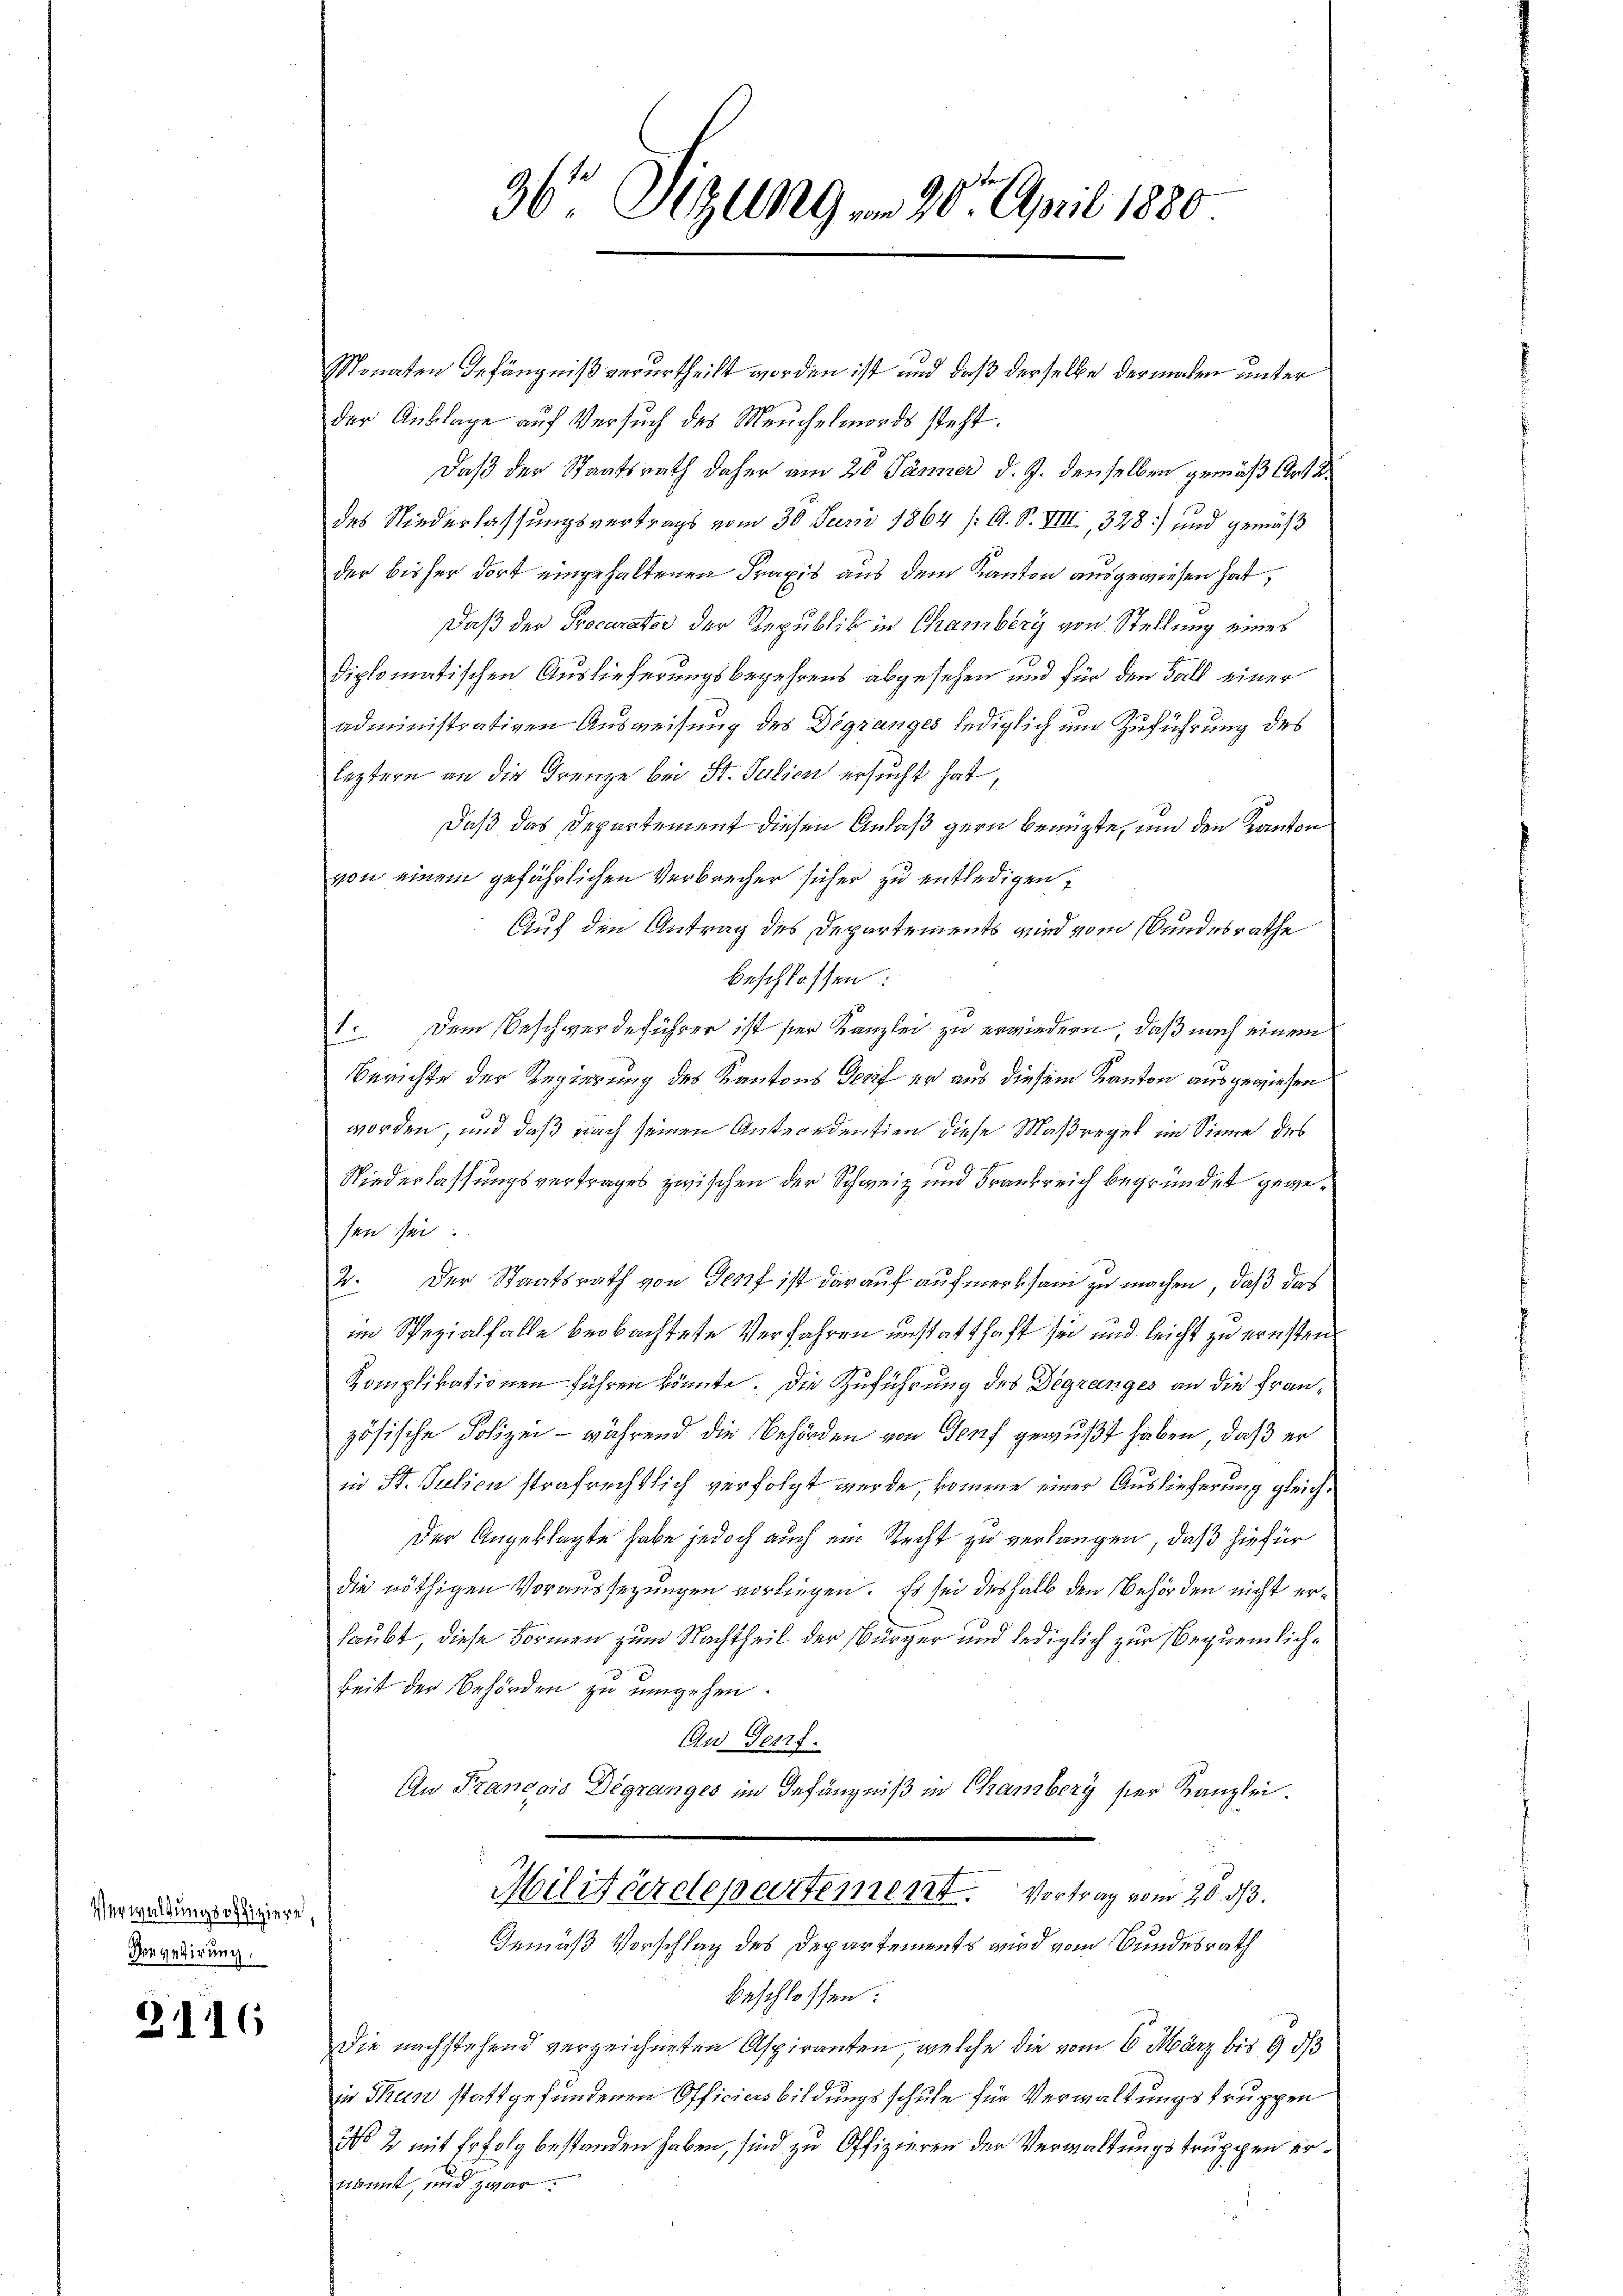
Verwaldungsoffiziere,
Prevetirung.

3116

Monaten Gefängniß verurtheilt worden ist und daß derselbe dermachen unter
der Anklage auf Versuch des Meuchelmords steht.
Daß der Staatsrath daher am 20 Jänner d. J. denselben gemäß Art u.
des Niederlassungsvertrags vom 30. Juni 1864 /: A. S. VIII., 328) und gemäß
der bisher dort eingehaltenen Praxis aus dem Kanton ausgewiesen hat,
Daß der Procurator der Republik in Chamberg von Stellung eines
diplomatischen Auslieferungsbegehrens abgesehen und für den Fall einer
administrativen Ausweisung des Digranges lediglich und Zuführung des
leztern an die Grenze bei St. Julien ersucht hat,
Daß das Departement diesen Anlaß gern benützte, und den Kanton
von einem gefährlichen Verbrecher sicher zu entledigen,
Auf den Antrag des Departements wird vom Bundesrathe
beschlossen:
1. Dem Beschwerdeführer ist ser Kanzlei zu erwiedern, daß nach einem
0
Berichte der Regierung des Kantons Genf er aus diesem Kanton ausgewiesen
worden, und daß nach seinen Antecedentien diese Maßregel im Sinne des
10
Niederlassungsvertrages zwischen der Schweiz und Frankreich begründet gegesen sei.
2. Der Staatsrath von Genf ist darauf aufmerksam zu machen, daß das
im Spezialfalle beobachtete Verfahren unstatthaft sei und leicht zu ernsten
Komplikationen führen könnte. Die Zuführung des Degranges an die Französische Polizei - während die Behörden von Genf gewußt haben, daß er
in St. Julion strafrechtlich verfolgt wurde, komme einer Auslieferung gleich¬
Der Angeklagte habe jedoch auch ein Recht zu verlangen, daß hiefür
die nöthigen Voraussezungen vorliegen. Es sei deshalb den Behörden nicht erhaubt, diese Formen zum Nachtheil der Bürger und lediglich zur Bequemliche
keit der Behörden zu umgehen.
An Genf.
An Francois Dégranges im Gefängniß in Chamberg ser Kanzlei.
Militärdepartement. Vortrag vom 20. ds.
Gemäß Vorschlag des Departements wird vom Bundesrath
beschlossen:
Die nachstehend verzeichneten Aspiranten, welche die vom 6. März bis 9 d
in Thun stattgefundenen Officiers bildungsschule für Verwaltungstruppen
No 2 mit Erfolg bestanden haben, sind zu Offizieren der Verwaltungstruppen erkannt, und zwar

36 Sizung von 20. April 1880